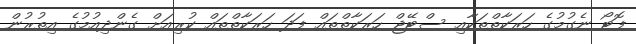
ފޮޓޯ ނެގުމުގެ ހަރަކާތްތަކާއި ސްޓޭޖް ހަރަކާތްތައް ފަދަ ހަރަކާތްތައް ކުރިއަށް ގެންދިއުމުގެ އިތުރުން